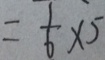
= \frac { 1 } { 6 } \times 5